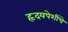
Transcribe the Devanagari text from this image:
हृदयपेशींचे